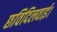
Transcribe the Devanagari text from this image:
छविदिलवाई।